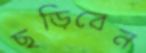
ছড়িবেন